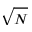
\sqrt { N }